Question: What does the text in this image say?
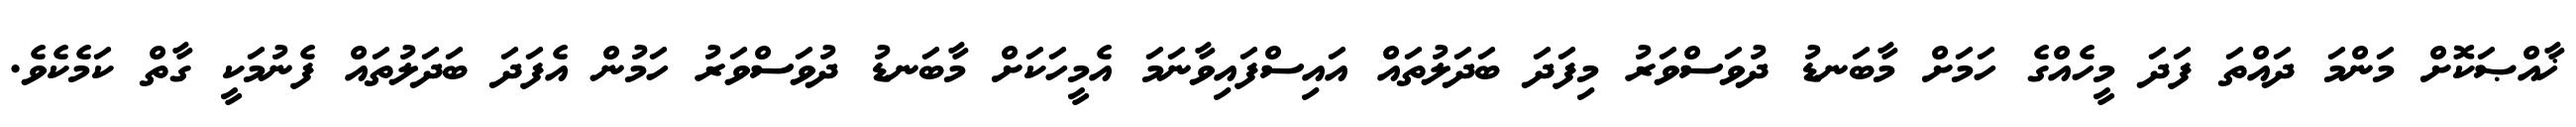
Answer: ޚާއްޞަކޮށް މަންމަ ދައްތަ ފަދަ މީހެއްގެ ހަމަށް މާބަނޑު ދުވަސްވަރު މިފަދަ ބަދަލުތައް އައިސްފައިވާނަމަ އެމީހަކަށް މާބަނޑު ދުވަސްވަރު ހަމުން އެފަދަ ބަދަލުތައް ފެނުމަކީ ގާތް ކަމެކެވެ.